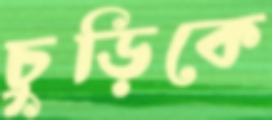
চুড়িকে